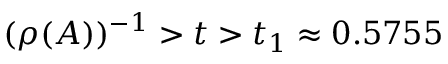
( \rho ( A ) ) ^ { - 1 } > t > t _ { 1 } \approx 0 . 5 7 5 5